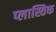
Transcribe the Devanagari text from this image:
प्लास्तिक